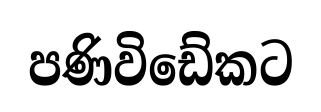
පණිවිඩේකට